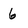
Character: 6